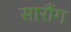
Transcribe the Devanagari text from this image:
सारौंग